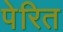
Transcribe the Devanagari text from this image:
पेरित